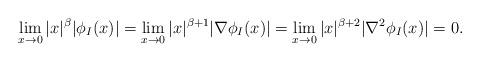
LaTeX: \begin{align*}\lim_{x\rightarrow 0} |x|^\beta | \phi_I(x)|=\lim_{x\rightarrow 0} |x|^{\beta+1} |\nabla \phi_I(x)| =\lim_{x\rightarrow 0} |x|^{\beta+2}| \nabla^2 \phi_I(x)|=0.\end{align*}